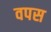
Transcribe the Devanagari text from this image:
वपस